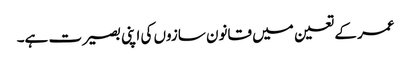
عمر کے تعین میں قانون سازوں کی اپنی بصیرت ہے۔